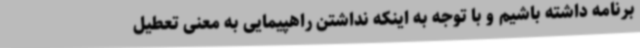
برنامه داشته باشیم و با توجه به اینکه نداشتن راهپیمایی به معنی تعطیل